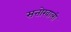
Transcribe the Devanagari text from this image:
सत्तोखाली